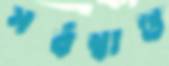
সর্বস্বান্ত